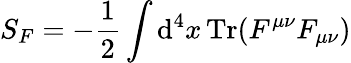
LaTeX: S_{F}=-{\frac{1}{2}}\int\operatorname{d}\! ^{4}x\operatorname{Tr}(F^{\mu\nu}F_{\mu\nu})